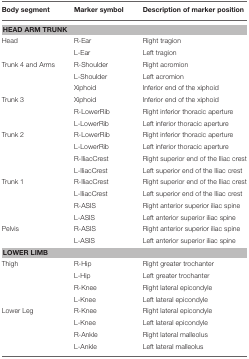
<table><thead><tr><td><b>Body segment</b></td><td><b>Marker symbol</b></td><td><b>Description of marker position</b></td></tr></thead><tbody><tr><td colspan="3"><b>HEAD ARM TRUNK</b></td></tr><tr><td>Head</td><td>R-Ear</td><td>Right tragion</td></tr><tr><td></td><td>L-Ear</td><td>Left tragion</td></tr><tr><td>Trunk 4 and Arms</td><td>R-Shoulder</td><td>Right acromion</td></tr><tr><td></td><td>L-Shoulder</td><td>Left acromion</td></tr><tr><td></td><td>Xiphoid</td><td>Inferior end of the xiphoid</td></tr><tr><td>Trunk 3</td><td>Xiphoid</td><td>Inferior end of the xiphoid</td></tr><tr><td></td><td>R-LowerRib</td><td>Right inferior thoracic aperture</td></tr><tr><td></td><td>L-LowerRib</td><td>Left inferior thoracic aperture</td></tr><tr><td>Trunk 2</td><td>R-LowerRib</td><td>Right inferior thoracic aperture</td></tr><tr><td></td><td>L-LowerRib</td><td>Left inferior thoracic aperture</td></tr><tr><td></td><td>R-IliacCrest</td><td>Right superior end of the Iliac crest</td></tr><tr><td></td><td>L-IliacCrest</td><td>Left superior end of the Iliac crest</td></tr><tr><td>Trunk 1</td><td>R-IliacCrest</td><td>Right superior end of the Iliac crest</td></tr><tr><td></td><td>L-IliacCrest</td><td>Left superior end of the Iliac crest</td></tr><tr><td></td><td>R-ASIS</td><td>Right anterior superior iliac spine</td></tr><tr><td></td><td>L-ASIS</td><td>Left anterior superior iliac spine</td></tr><tr><td>Pelvis</td><td>R-ASIS</td><td>Right anterior superior iliac spine</td></tr><tr><td></td><td>L-ASIS</td><td>Left anterior superior iliac spine</td></tr><tr><td colspan="3"><b>LOWER LIMB</b></td></tr><tr><td>Thigh</td><td>R-Hip</td><td>Right greater trochanter</td></tr><tr><td></td><td>L-Hip</td><td>Left greater trochanter</td></tr><tr><td></td><td>R-Knee</td><td>Right lateral epicondyle</td></tr><tr><td></td><td>L-Knee</td><td>Left lateral epicondyle</td></tr><tr><td>Lower Leg</td><td>R-Knee</td><td>Right lateral epicondyle</td></tr><tr><td></td><td>L-Knee</td><td>Left lateral epicondyle</td></tr><tr><td></td><td>R-Ankle</td><td>Right lateral malleolus</td></tr><tr><td></td><td>L-Ankle</td><td>Left lateral malleolus</td></tr></tbody></table>